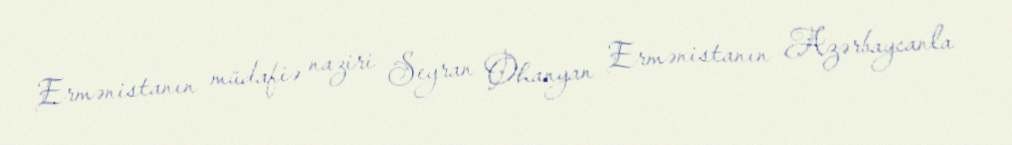
Ermənistanın müdafiə naziri Seyran Ohanyan Ermənistanın Azərbaycanla